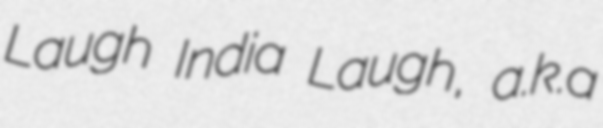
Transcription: Laugh India Laugh, a.k.a